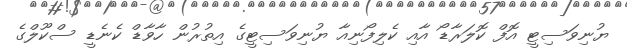
ޔުނިވަސިޓީ އޮފް ކޮލަރާޑޯ އާއި ކެލިފޯނިއާ ޔުނިވަސިޓީގެ އިތުރުން ހާވާޑް ކެނެޑީ ސްކޫލްގެ